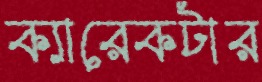
ক্যারেকটার